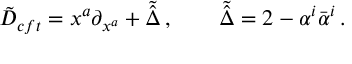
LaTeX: \tilde { D } _ { c f t } = x ^ { a } \partial _ { x ^ { a } } + \tilde { \hat { \Delta } } \, , \qquad \tilde { \hat { \Delta } } = 2 - \alpha ^ { i } \bar { \alpha } ^ { i } \, .